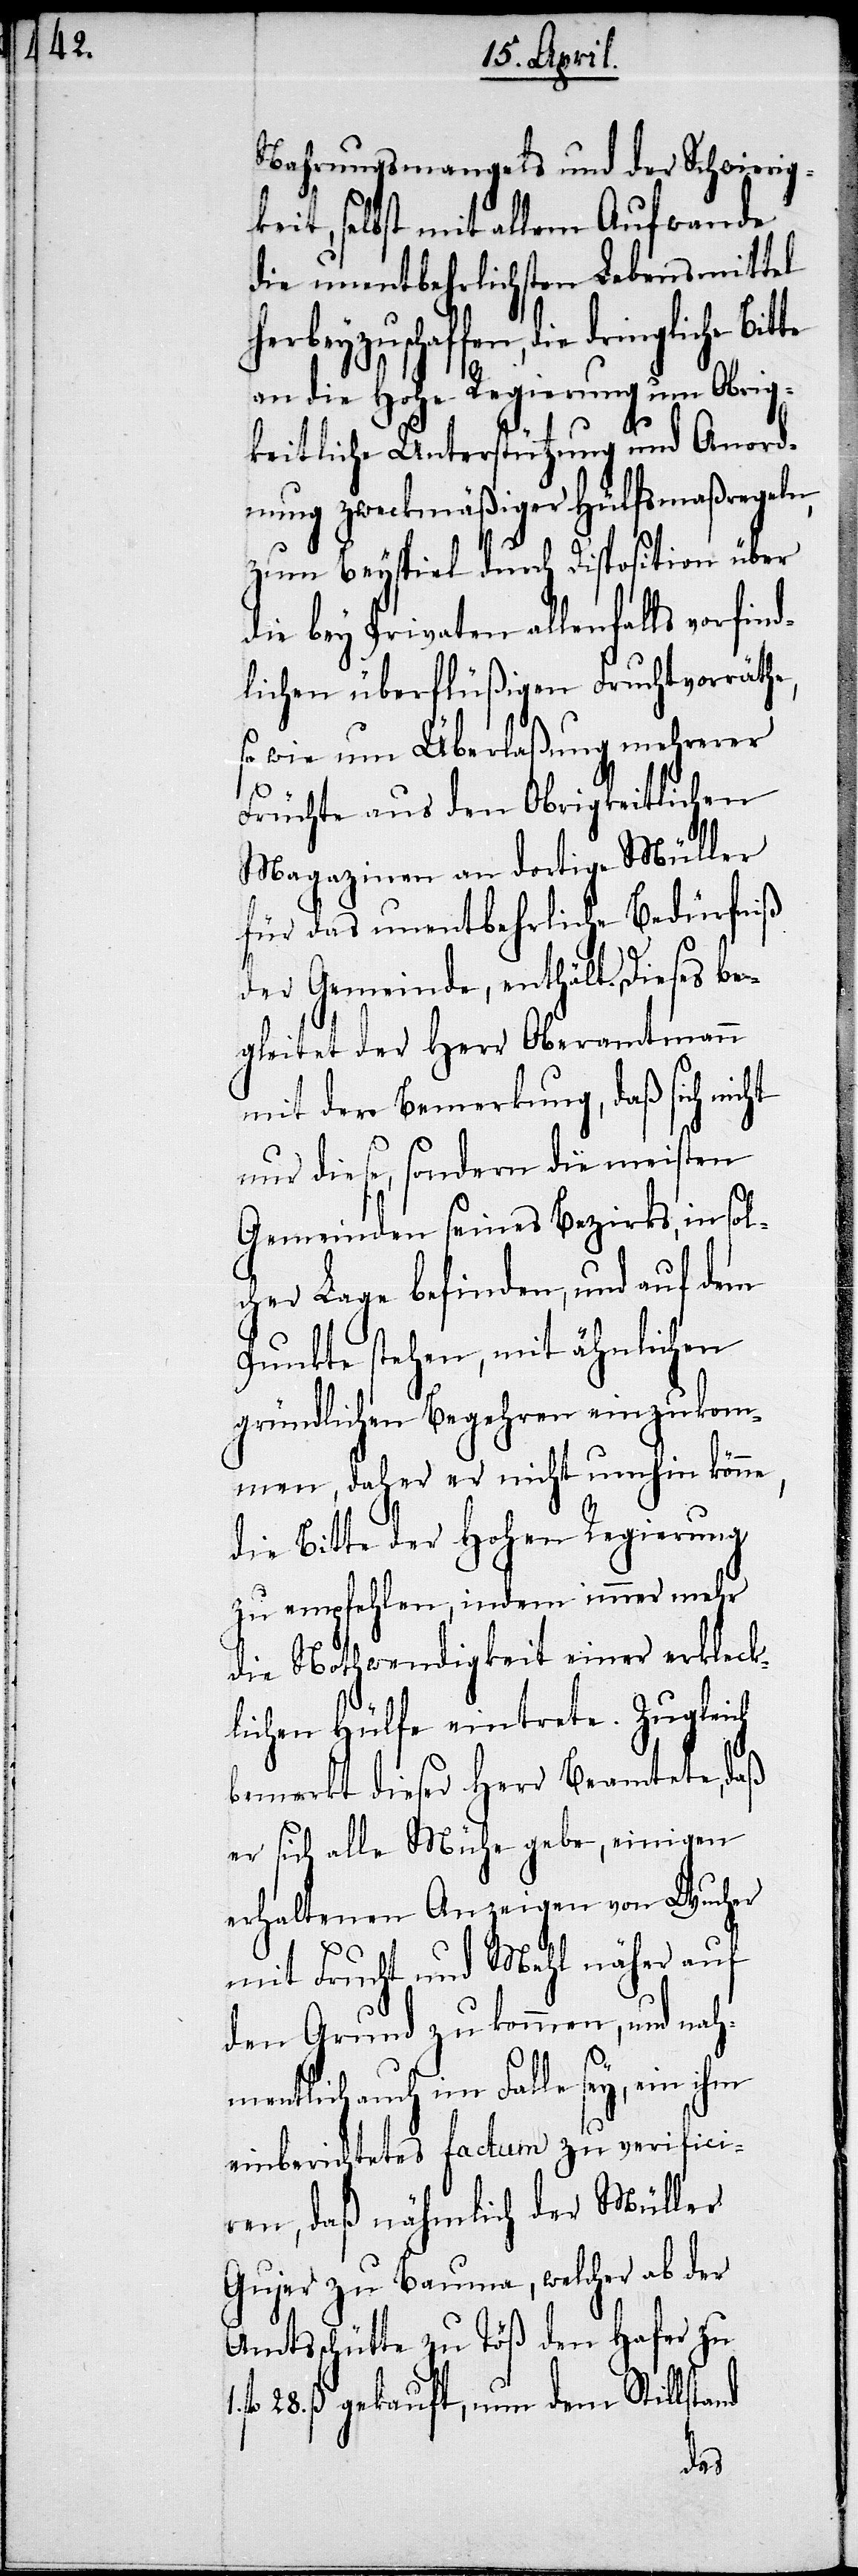
Nahrungsmangels und der Schwierig¬
keit, selbst mit allem Aufwande
die unentbehrlichsten Lebensmittel
herbeyzuschaffen, die dringliche
an die Hohe Regierung um Obrig¬
keitliche Unterstützung und Anord¬
nung zweckmäßiger Hülfsmaßregeln,
zum Beyspiel durch Disposition über
die bey Privaten allenfalls vorfind¬
lichen überflüßigen Fruchtvorräthe,
so wie um Überlaßung mehrerer
Früchte aus den Obrigkeitlichen
Magazinen an dortige Müller
für das unentbehrliche Bedürfniß
der Gemeinde, enthält. Dieses be¬
gleitet der Herr Oberamtmann
mit der Bemerkung, daß sich nicht
nur diese, sondern die meisten
Gemeinden seines Bezirks, in sol¬
cher Lage befinden, und auf dem
Punkte stehen, mit ähnlichen
gründlichen Begehren einzukom¬
men, daher er nicht umhin könne,
die Bitte der Hohen Regierung
zu empfehlen, indem immer mehr
die Nothwendigkeit einer erkleck¬
lichen Hülfe eintrete. Zugleich
bemerkt dieser Herr Beamtete, daß
er sich alle Mühe gebe, einigen
erhaltenen Anzeigen von Wucher
mit Frucht und Mehl näher auf
den Grund zu kommen, und nah¬
mentlich auch im Falle sey, ein ihm
einberichtetes factum zu verifici¬
ren, daß nähmlich der Müller
Gujer zu Bauma, welcher ab der
Amtsschütte zu Töß den Hafer zu
fl. 28. ß gekauft, nun dem Stillstand